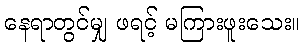
နေရာတွင်မျှ ဖရင့် မကြားဖူးသေး။